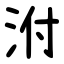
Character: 泭